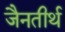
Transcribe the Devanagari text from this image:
जैनतीर्थ